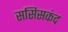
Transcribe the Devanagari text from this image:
ससिसकंद